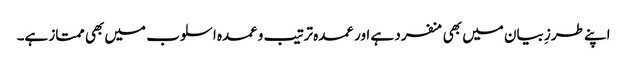
اپنے طرزِ بیان میں بھی منفرد ہے اور عمدہ ترتیب وعمدہ اسلوب میں بھی ممتاز ہے۔